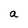
Character: a